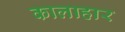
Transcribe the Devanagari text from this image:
कालाहार